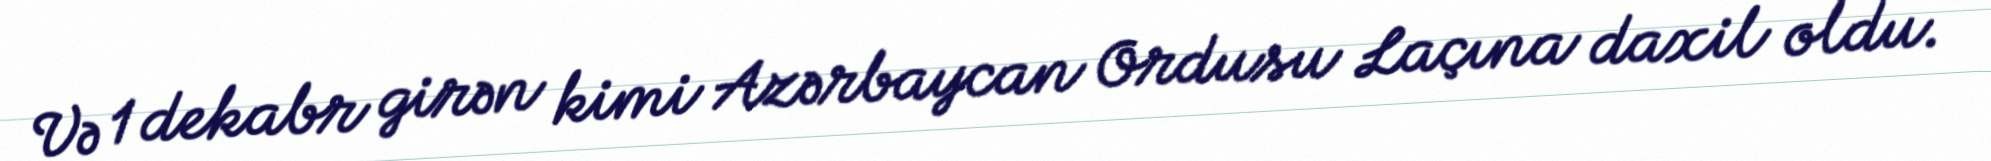
Və 1 dekabr girən kimi Azərbaycan Ordusu Laçına daxil oldu.